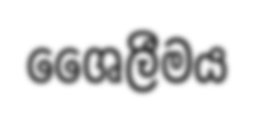
ශෛලීමය